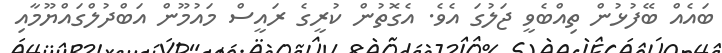
ބައެއް ބޭފުޅުން ތިއްބެވީ ޖަލުގަ އެވެ. އެގޮތުން ކުރީގެ ރައީސް މައުމޫން އަބްދުލްގައްޔޫމާއި